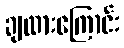
ချထားကြောင်း